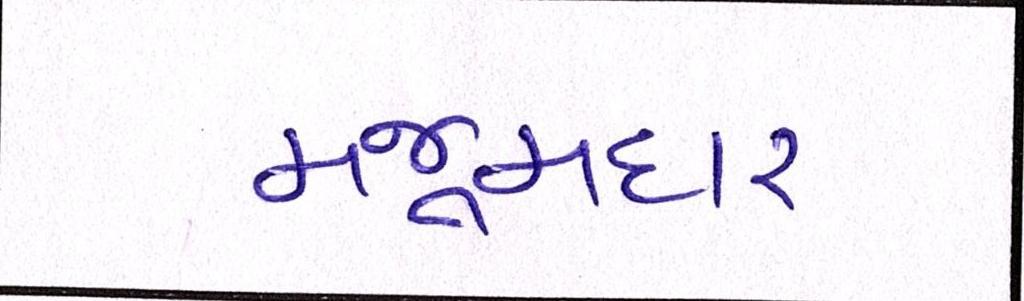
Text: મજૂમદાર